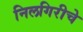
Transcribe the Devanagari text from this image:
निलगिरीचे